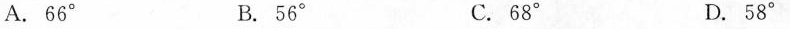
A.66^{\circ} B.56^{\circ} C.68^{\circ} D.58^{\circ}